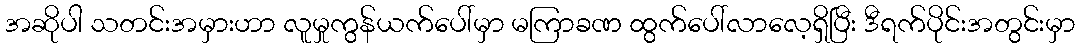
အဆိုပါ သတင်းအမှားဟာ လူမှုကွန်ယက်ပေါ်မှာ မကြာခဏ ထွက်ပေါ်လာလေ့ရှိပြီး ဒီရက်ပိုင်းအတွင်းမှာ